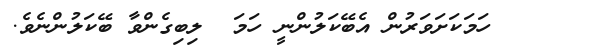
١٧٢    ހަމަކަށަވަރުން އެބޭކަލުންނީ ހަމަ  ލިބިގެންވާ ބޭކަލުންނެވެ.